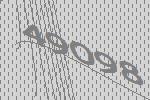
49098